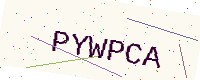
Text: PYWPCA